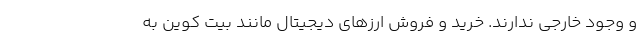
و وجود خارجی ندارند. خرید و فروش ارزهای دیجیتال مانند بیت کوین به